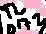
Text: TL072